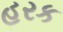
હરક